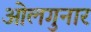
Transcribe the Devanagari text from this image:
ओलगुनार